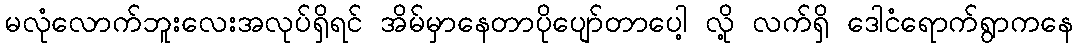
မလုံလောက်ဘူးလေးအလုပ်ရှိရင် အိမ်မှာနေတာပိုပျော်တာပေါ့ လို့ လက်ရှိ ဒေါငံရောက်ရွာကနေ